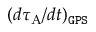
( d \tau _ { \mathrm { A } } / d t ) _ { \tt G P S }